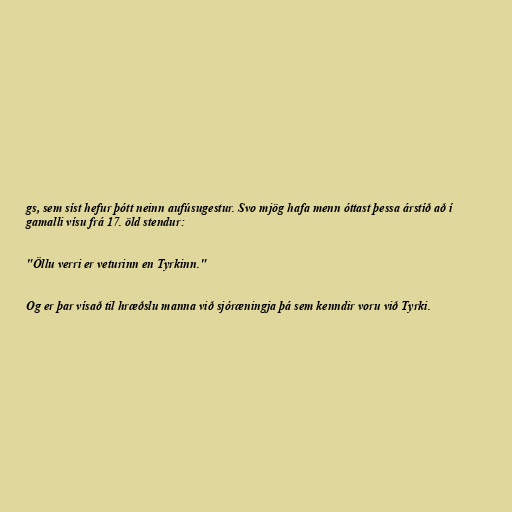
gs, sem síst hefur þótt neinn aufúsugestur. Svo mjög hafa menn óttast þessa árstíð að í
gamalli vísu frá 17. öld stendur:

"Öllu verri er veturinn en Tyrkinn."

Og er þar vísað til hræðslu manna við sjóræningja þá sem kenndir voru við Tyrki.